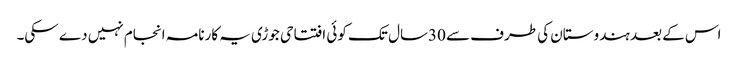
اس کے بعد ہندوستان کی طرف سے 30سال تک کوئی افتتاحی جوڑی یہ کارنامہ انجام نہیں دے سکی۔